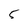
Character: 5